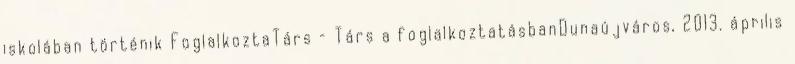
iskolában történik FoglalkoztaTárs – Társ a foglalkoztatásbanDunaújváros, 2013. április